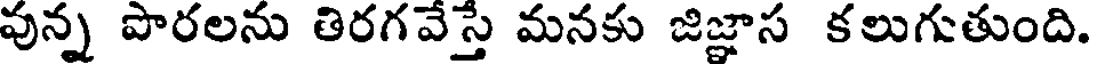
వున్న పొరలను తిరగవేస్తే మనకు జిజ్ఞాస కలుగుతుంది.